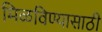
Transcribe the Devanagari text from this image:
मिळविण्‍यासाठी